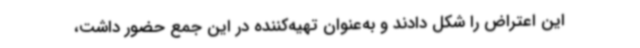
این اعتراض را شکل دادند و به‌عنوان تهیه‌کننده در این جمع حضور داشت،